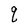
Character: q